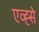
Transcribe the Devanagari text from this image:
एव्ह्से